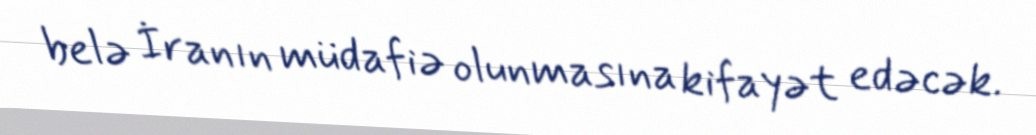
belə İranın müdafiə olunmasına kifayət edəcək.